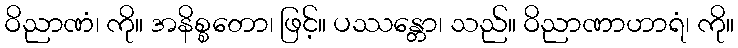
ဝိညာဏံ၊ ကို။ အနိစ္စတော၊ ဖြင့်။ ပဿန္တော၊ သည်။ ဝိညာဏာဟာရံ၊ ကို။